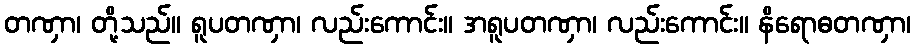
တဏှာ၊ တို့သည်။ ရူပတဏှာ၊ လည်းကောင်း။ အရူပတဏှာ၊ လည်းကောင်း။ နိရောဓတဏှာ၊